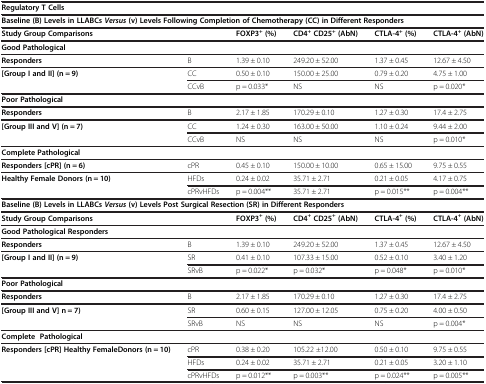
<table><thead><tr><td colspan="6"><b>Regulatory T Cells</b></td></tr></thead><tbody><tr><td colspan="6"><b>Baseline (B) Levels in LLABCs </b><b><i>Versus </i></b><b>(v) Levels Following Completion of Chemotherapy (CC) in Different Responders</b></td></tr><tr><td><b>Study Group Comparisons</b></td><td> </td><td><b>FOXP3</b><sup><b>+ </b></sup><b>(%)</b></td><td><b>CD4</b><sup><b>+ </b></sup><b>CD25</b><sup><b>+ </b></sup><b>(AbN)</b></td><td><b>CTLA-4</b><sup><b>+ </b></sup><b>(%)</b></td><td><b>CTLA-4</b><sup><b>+ </b></sup><b>(AbN)</b></td></tr><tr><td colspan="6"><b>Good Pathological</b></td></tr><tr><td><b>Responders</b></td><td>B</td><td>1.39 ± 0.10</td><td>249.20 ± 52.00</td><td>1.37 ± 0.45</td><td>12.67 ± 4.50</td></tr><tr><td><b>[Group I and II] (n = 9)</b></td><td>CC</td><td>0.50 ± 0.10</td><td>150.00 ± 25.00</td><td>0.79 ± 0.20</td><td>4.75 ± 1.00</td></tr><tr><td> </td><td>CCvB</td><td>p = 0.033*</td><td>NS</td><td>NS</td><td>p = 0.020*</td></tr><tr><td colspan="6"><b>Poor Pathological</b></td></tr><tr><td><b>Responders</b></td><td>B</td><td>2.17 ± 1.85</td><td>170.29 ± 0.10</td><td>1.27 ± 0.30</td><td>17.4 ± 2.75</td></tr><tr><td><b>[Group III and V] (n = 7)</b></td><td>CC</td><td>1.24 ± 0.30</td><td>163.00 ± 50.00</td><td>1.10 ± 0.24</td><td>9.44 ± 2.00</td></tr><tr><td> </td><td>CCvB</td><td>NS</td><td>NS</td><td>NS</td><td>p = 0.010*</td></tr><tr><td colspan="6"><b>Complete Pathological</b></td></tr><tr><td><b>Responders [cPR] (n = 6)</b></td><td>cPR</td><td>0.45 ± 0.10</td><td>150.00 ± 10.00</td><td>0.65 ± 15.00</td><td>9.75 ± 0.55</td></tr><tr><td><b>Healthy Female Donors (n = 10)</b></td><td>HFDs</td><td>0.24 ± 0.02</td><td>35.71 ± 2.71</td><td>0.21 ± 0.05</td><td>4.17 ± 0.75</td></tr><tr><td> </td><td>cPRvHFDs</td><td>p = 0.004**</td><td>35.71 ± 2.71</td><td>p = 0.015**</td><td>p = 0.004**</td></tr><tr><td colspan="6"><b>Baseline (B) Levels in LLABCs </b><b><i>Versus </i></b><b>(v) Levels Post Surgical Resection (SR) in Different Responders</b></td></tr><tr><td><b>Study Group Comparisons</b></td><td> </td><td><b>FOXP3</b><sup><b>+ </b></sup><b>(%)</b></td><td><b>CD4</b><sup><b>+ </b></sup><b>CD25</b><sup><b>+ </b></sup><b>(AbN)</b></td><td><b>CTLA-4</b><sup><b>+ </b></sup><b>(%)</b></td><td><b>CTLA-4</b><sup><b>+ </b></sup><b>(AbN)</b></td></tr><tr><td colspan="6"><b>Good Pathological Responders</b></td></tr><tr><td><b>Responders</b></td><td>B</td><td>1.39 ± 0.10</td><td>249.20 ± 52.00</td><td>1.37 ± 0.45</td><td>12.67 ± 4.50</td></tr><tr><td><b>[Group I and II] (n = 9)</b></td><td>SR</td><td>0.41 ± 0.10</td><td>107.33 ± 15.00</td><td>0.52 ± 0.10</td><td>3.40 ± 1.20</td></tr><tr><td> </td><td>SRvB</td><td>p = 0.022*</td><td>p = 0.032*</td><td>p = 0.048*</td><td>p = 0.010*</td></tr><tr><td colspan="6"><b>Poor Pathological</b></td></tr><tr><td><b>Responders</b></td><td>B</td><td>2.17 ± 1.85</td><td>170.29 ± 0.10</td><td>1.27 ± 0.30</td><td>17.4 ± 2.75</td></tr><tr><td><b>[Group III and V] n = 7)</b></td><td>SR</td><td>0.60 ± 0.15</td><td>127.00 ± 12.05</td><td>0.75 ± 0.20</td><td>4.00 ± 0.50</td></tr><tr><td> </td><td>SRvB</td><td>NS</td><td>NS</td><td>NS</td><td>p = 0.004*</td></tr><tr><td colspan="6"><b>Complete Pathological</b></td></tr><tr><td><b>Responders [cPR] Healthy Female</b><b>Donors (n = 10)</b></td><td>cPR</td><td>0.38 ± 0.20</td><td>105.22 ±12.00</td><td>0.50 ± 0.10</td><td>9.75 ± 0.55</td></tr><tr><td> </td><td>HFDs</td><td>0.24 ± 0.02</td><td>35.71 ± 2.71</td><td>0.21 ± 0.05</td><td>3.20 ± 1.10</td></tr><tr><td> </td><td>cPRvHFDs</td><td>p = 0.012**</td><td>p = 0.003**</td><td>p = 0.024**</td><td>p = 0.005**</td></tr></tbody></table>